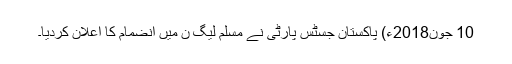
10 جون2018ء) پاکستان جسٹس پارٹی نے مسلم لیگ ن میں انضمام کا اعلان کردیا۔